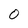
Character: 0